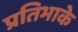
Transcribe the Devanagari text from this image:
प्रतिभाके